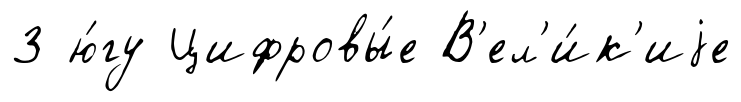
3 ю́гу Цифровы́е В'ел'и́к'иjе